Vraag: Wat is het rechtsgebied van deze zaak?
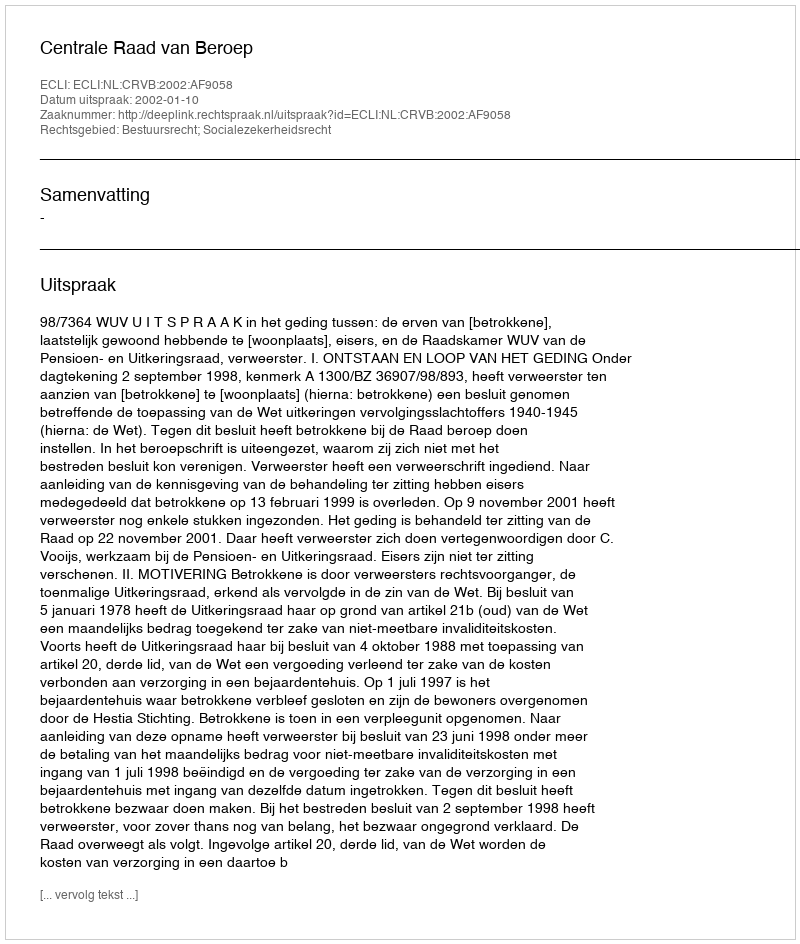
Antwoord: Bestuursrecht; Socialezekerheidsrecht